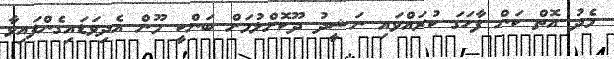
މެދު އޮތް ކަން ފާހަގަ ކުރައްވައި ނަޝީދު ދޫކޮށްލުމަށް ބަންކީ މޫން އެދިވަޑައިގެންފައިވާ